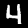
Label: 4